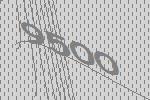
9500